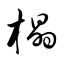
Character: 橸